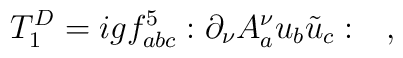
T_1^{D} = igf^{5}_{abc}:\partial_\nu A^\nu_a u_b \tilde{u}_c: \quad ,